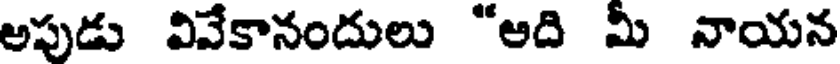
అపుడు వివేకానందులు "అది మీ నాయన